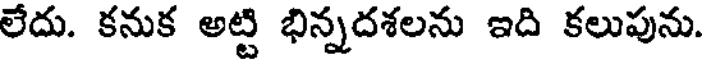
లేదు. కనుక అట్టి భిన్నదశలను ఇది కలుపును.